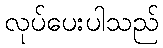
လုပ်ပေးပါသည်